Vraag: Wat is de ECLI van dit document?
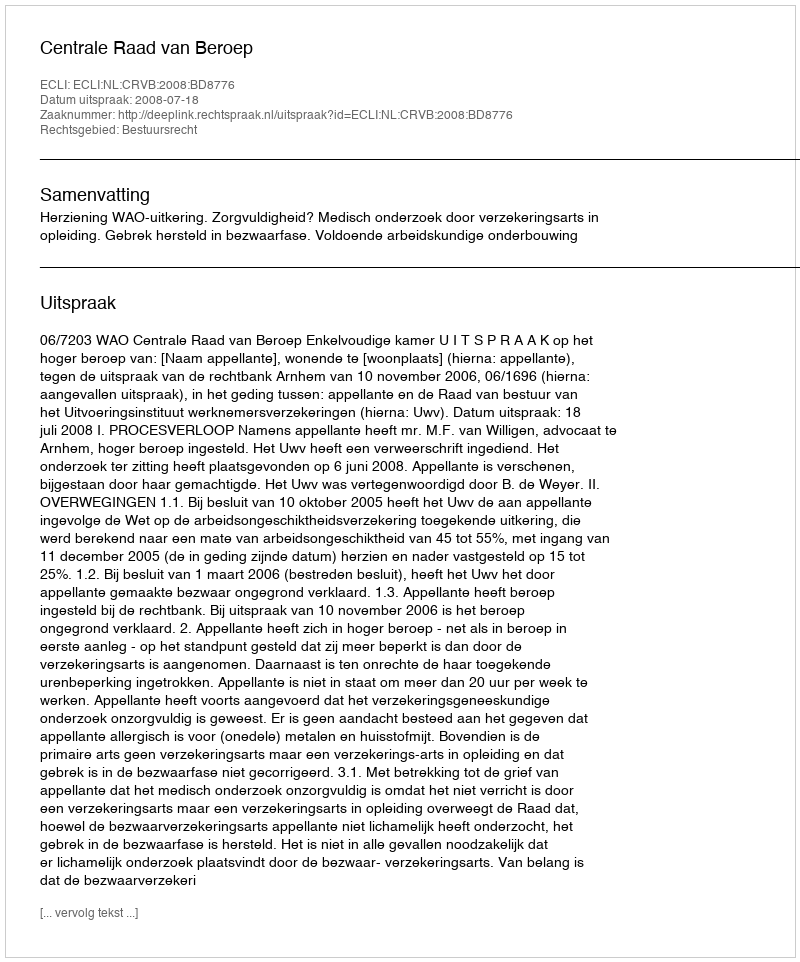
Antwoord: ECLI:NL:CRVB:2008:BD8776